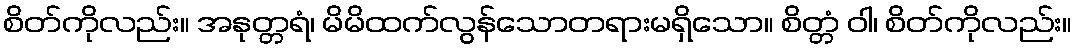
စိတ်ကိုလည်း။ အနုတ္တရံ၊ မိမိထက်လွန်သောတရားမရှိသော။ စိတ္တံ ဝါ၊ စိတ်ကိုလည်း။